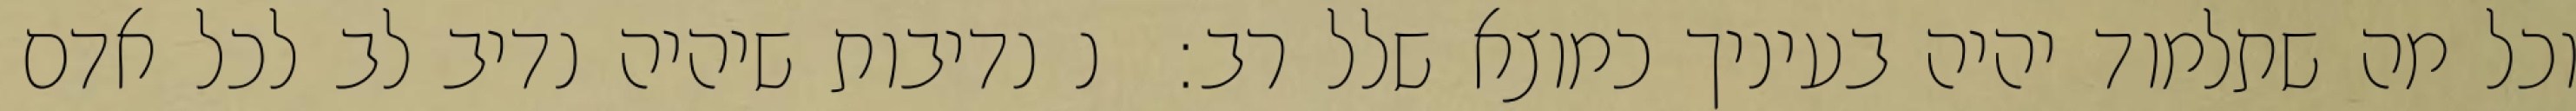
וכל מה שתלמוד יהיה בעיניך כמוצא שלל רב:  נ נדיבות שיהיה נדיב לב לכל אדם